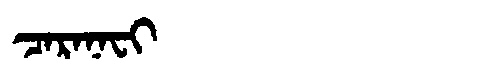
Manchu: ᠴᠠᡵᠠᠨᠠᠸᡳ
Romanization: CARANAFI